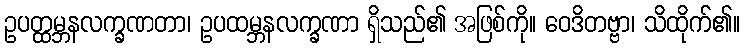
ဥပတ္ထမ္ဘနလက္ခဏတာ၊ ဥပထမ္ဘနလက္ခဏာ ရှိသည်၏ အဖြစ်ကို။ ဝေဒိတဗ္ဗာ၊ သိထိုက်၏။